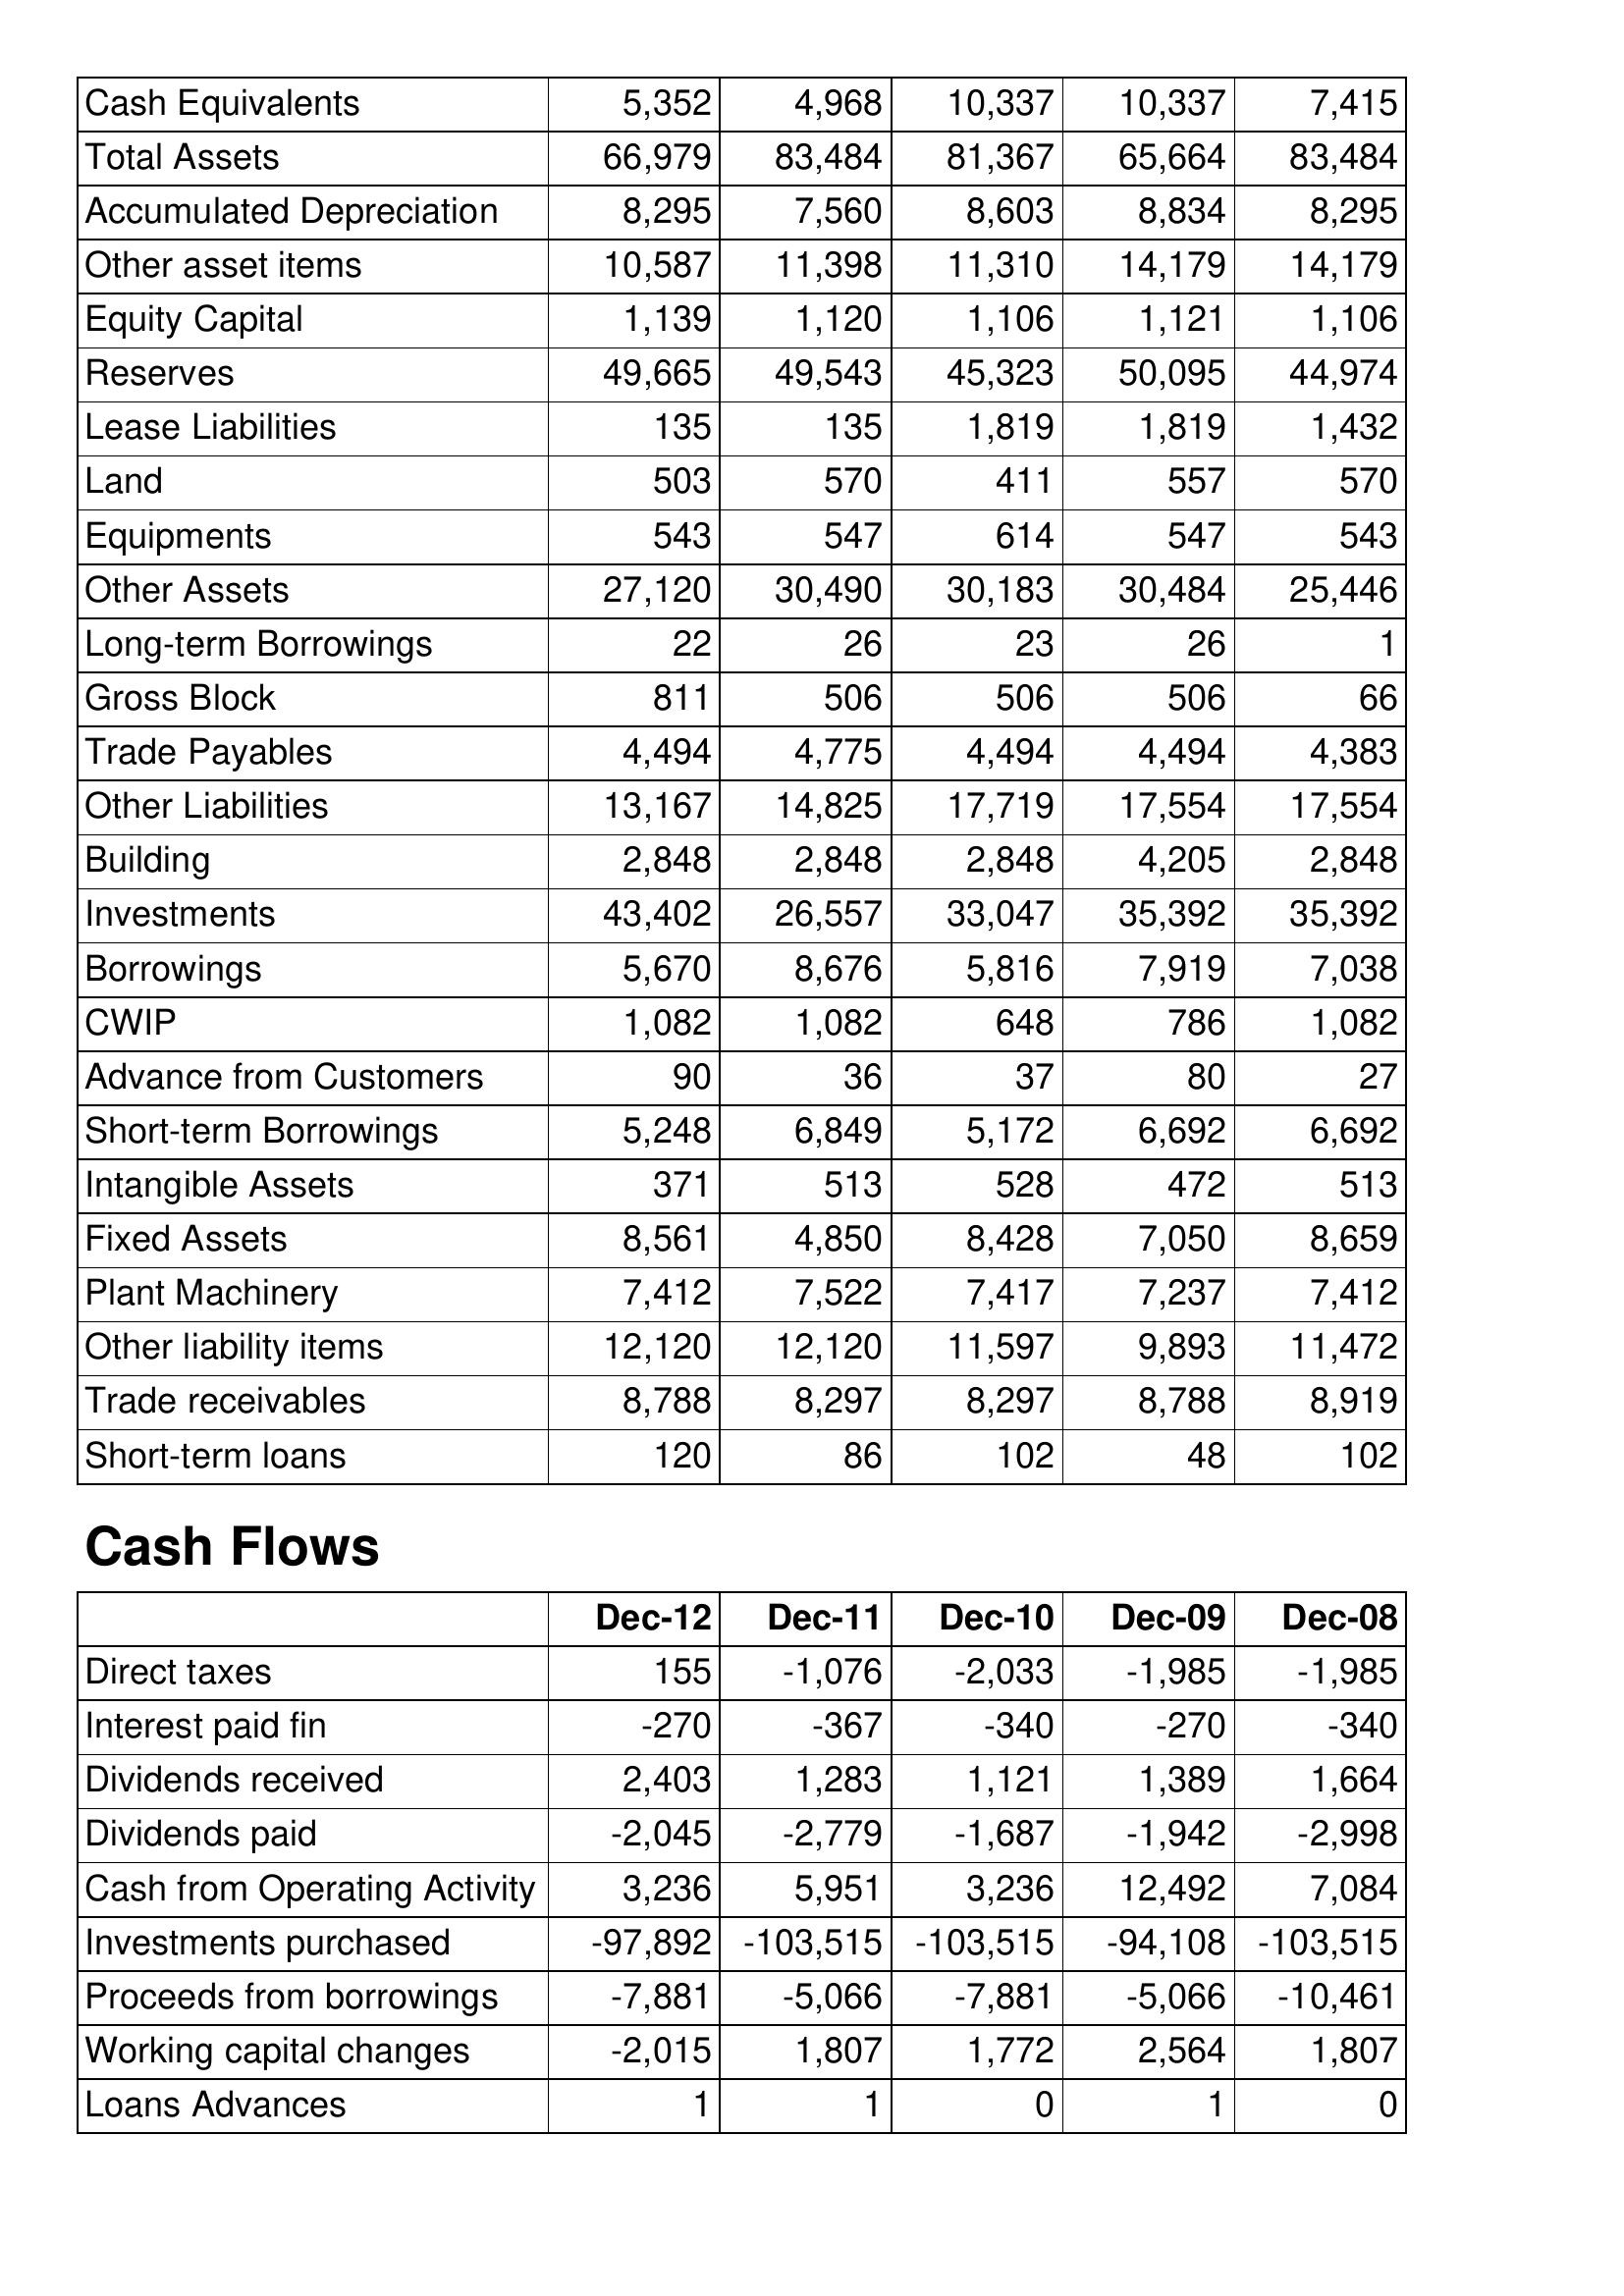
Dec-12: Balance Sheet: Cash Equivalents: 5,352
Total Assets: 66,979
Accumulated Depreciation: 8,295
Other asset items: 10,587
Equity Capital: 1,139
Reserves: 49,665
Lease Liabilities: 135
Land: 503
Equipments: 543
Other Assets: 27,120
Long-term Borrowings: 22
Gross Block: 811
Trade Payables: 4,494
Other Liabilities: 13,167
Building: 2,848
Investments: 43,402
Borrowings: 5,670
CWIP: 1,082
Advance from Customers: 90
Short-term Borrowings: 5,248
Intangible Assets: 371
Fixed Assets: 8,561
Plant Machinery: 7,412
Other liability items: 12,120
Trade receivables: 8,788
Short-term loans: 120
Cash Flows: Direct taxes: 155
Interest paid fin: -270
Dividends received: 2,403
Dividends paid: -2,045
Cash from Operating Activity: 3,236
Investments purchased: -97,892
Proceeds from borrowings: -7,881
Working capital changes: -2,015
Loans Advances: 1
Dec-11: Balance Sheet: Cash Equivalents: 4,968
Total Assets: 83,484
Accumulated Depreciation: 7,560
Other asset items: 11,398
Equity Capital: 1,120
Reserves: 49,543
Lease Liabilities: 135
Land: 570
Equipments: 547
Other Assets: 30,490
Long-term Borrowings: 26
Gross Block: 506
Trade Payables: 4,775
Other Liabilities: 14,825
Building: 2,848
Investments: 26,557
Borrowings: 8,676
CWIP: 1,082
Advance from Customers: 36
Short-term Borrowings: 6,849
Intangible Assets: 513
Fixed Assets: 4,850
Plant Machinery: 7,522
Other liability items: 12,120
Trade receivables: 8,297
Short-term loans: 86
Cash Flows: Direct taxes: -1,076
Interest paid fin: -367
Dividends received: 1,283
Dividends paid: -2,779
Cash from Operating Activity: 5,951
Investments purchased: -103,515
Proceeds from borrowings: -5,066
Working capital changes: 1,807
Loans Advances: 1
Dec-10: Balance Sheet: Cash Equivalents: 10,337
Total Assets: 81,367
Accumulated Depreciation: 8,603
Other asset items: 11,310
Equity Capital: 1,106
Reserves: 45,323
Lease Liabilities: 1,819
Land: 411
Equipments: 614
Other Assets: 30,183
Long-term Borrowings: 23
Gross Block: 506
Trade Payables: 4,494
Other Liabilities: 17,719
Building: 2,848
Investments: 33,047
Borrowings: 5,816
CWIP: 648
Advance from Customers: 37
Short-term Borrowings: 5,172
Intangible Assets: 528
Fixed Assets: 8,428
Plant Machinery: 7,417
Other liability items: 11,597
Trade receivables: 8,297
Short-term loans: 102
Cash Flows: Direct taxes: -2,033
Interest paid fin: -340
Dividends received: 1,121
Dividends paid: -1,687
Cash from Operating Activity: 3,236
Investments purchased: -103,515
Proceeds from borrowings: -7,881
Working capital changes: 1,772
Loans Advances: 0
Dec-09: Balance Sheet: Cash Equivalents: 10,337
Total Assets: 65,664
Accumulated Depreciation: 8,834
Other asset items: 14,179
Equity Capital: 1,121
Reserves: 50,095
Lease Liabilities: 1,819
Land: 557
Equipments: 547
Other Assets: 30,484
Long-term Borrowings: 26
Gross Block: 506
Trade Payables: 4,494
Other Liabilities: 17,554
Building: 4,205
Investments: 35,392
Borrowings: 7,919
CWIP: 786
Advance from Customers: 80
Short-term Borrowings: 6,692
Intangible Assets: 472
Fixed Assets: 7,050
Plant Machinery: 7,237
Other liability items: 9,893
Trade receivables: 8,788
Short-term loans: 48
Cash Flows: Direct taxes: -1,985
Interest paid fin: -270
Dividends received: 1,389
Dividends paid: -1,942
Cash from Operating Activity: 12,492
Investments purchased: -94,108
Proceeds from borrowings: -5,066
Working capital changes: 2,564
Loans Advances: 1
Dec-08: Balance Sheet: Cash Equivalents: 7,415
Total Assets: 83,484
Accumulated Depreciation: 8,295
Other asset items: 14,179
Equity Capital: 1,106
Reserves: 44,974
Lease Liabilities: 1,432
Land: 570
Equipments: 543
Other Assets: 25,446
Long-term Borrowings: 1
Gross Block: 66
Trade Payables: 4,383
Other Liabilities: 17,554
Building: 2,848
Investments: 35,392
Borrowings: 7,038
CWIP: 1,082
Advance from Customers: 27
Short-term Borrowings: 6,692
Intangible Assets: 513
Fixed Assets: 8,659
Plant Machinery: 7,412
Other liability items: 11,472
Trade receivables: 8,919
Short-term loans: 102
Cash Flows: Direct taxes: -1,985
Interest paid fin: -340
Dividends received: 1,664
Dividends paid: -2,998
Cash from Operating Activity: 7,084
Investments purchased: -103,515
Proceeds from borrowings: -10,461
Working capital changes: 1,807
Loans Advances: 0